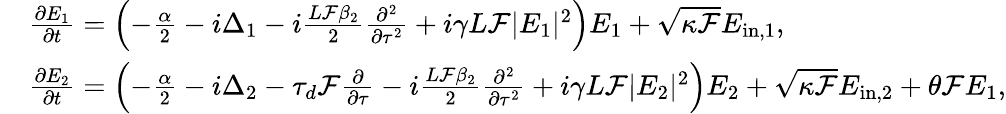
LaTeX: \begin{array}{rl}&{\frac{\partial E_{1}}{\partial t}=\left(-\frac{\alpha}{2}-i\Delta_{1}-i\frac{L\mathcal{F}\beta_{2}}{2}\frac{\partial^{2}}{\partial\tau^{2}}+i\gamma L\mathcal{F}|E_{1}|^{2}\right)E_{1}+\sqrt{\kappa\mathcal{F}}E_{\mathrm{in,1}},}\\ &{\frac{\partial E_{2}}{\partial t}=\left(-\frac{\alpha}{2}-i\Delta_{2}-\tau_{d}\mathcal{F}\frac{\partial}{\partial\tau}-i\frac{L\mathcal{F}\beta_{2}}{2}\frac{\partial^{2}}{\partial\tau^{2}}+i\gamma L\mathcal{F}|E_{2}|^{2}\right)E_{2}+\sqrt{\kappa\mathcal{F}}E_{\mathrm{in,2}}+\theta\mathcal{F}E_{1},}\end{array}